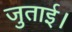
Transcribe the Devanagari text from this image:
जुताई।